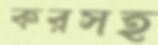
করসহ